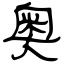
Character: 奥